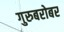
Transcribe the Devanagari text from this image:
गुरुबरोबर